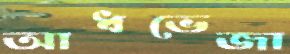
আধভেজা